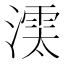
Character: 𣾱